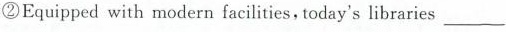
②Equipped with modern facilities, today's libraries ___